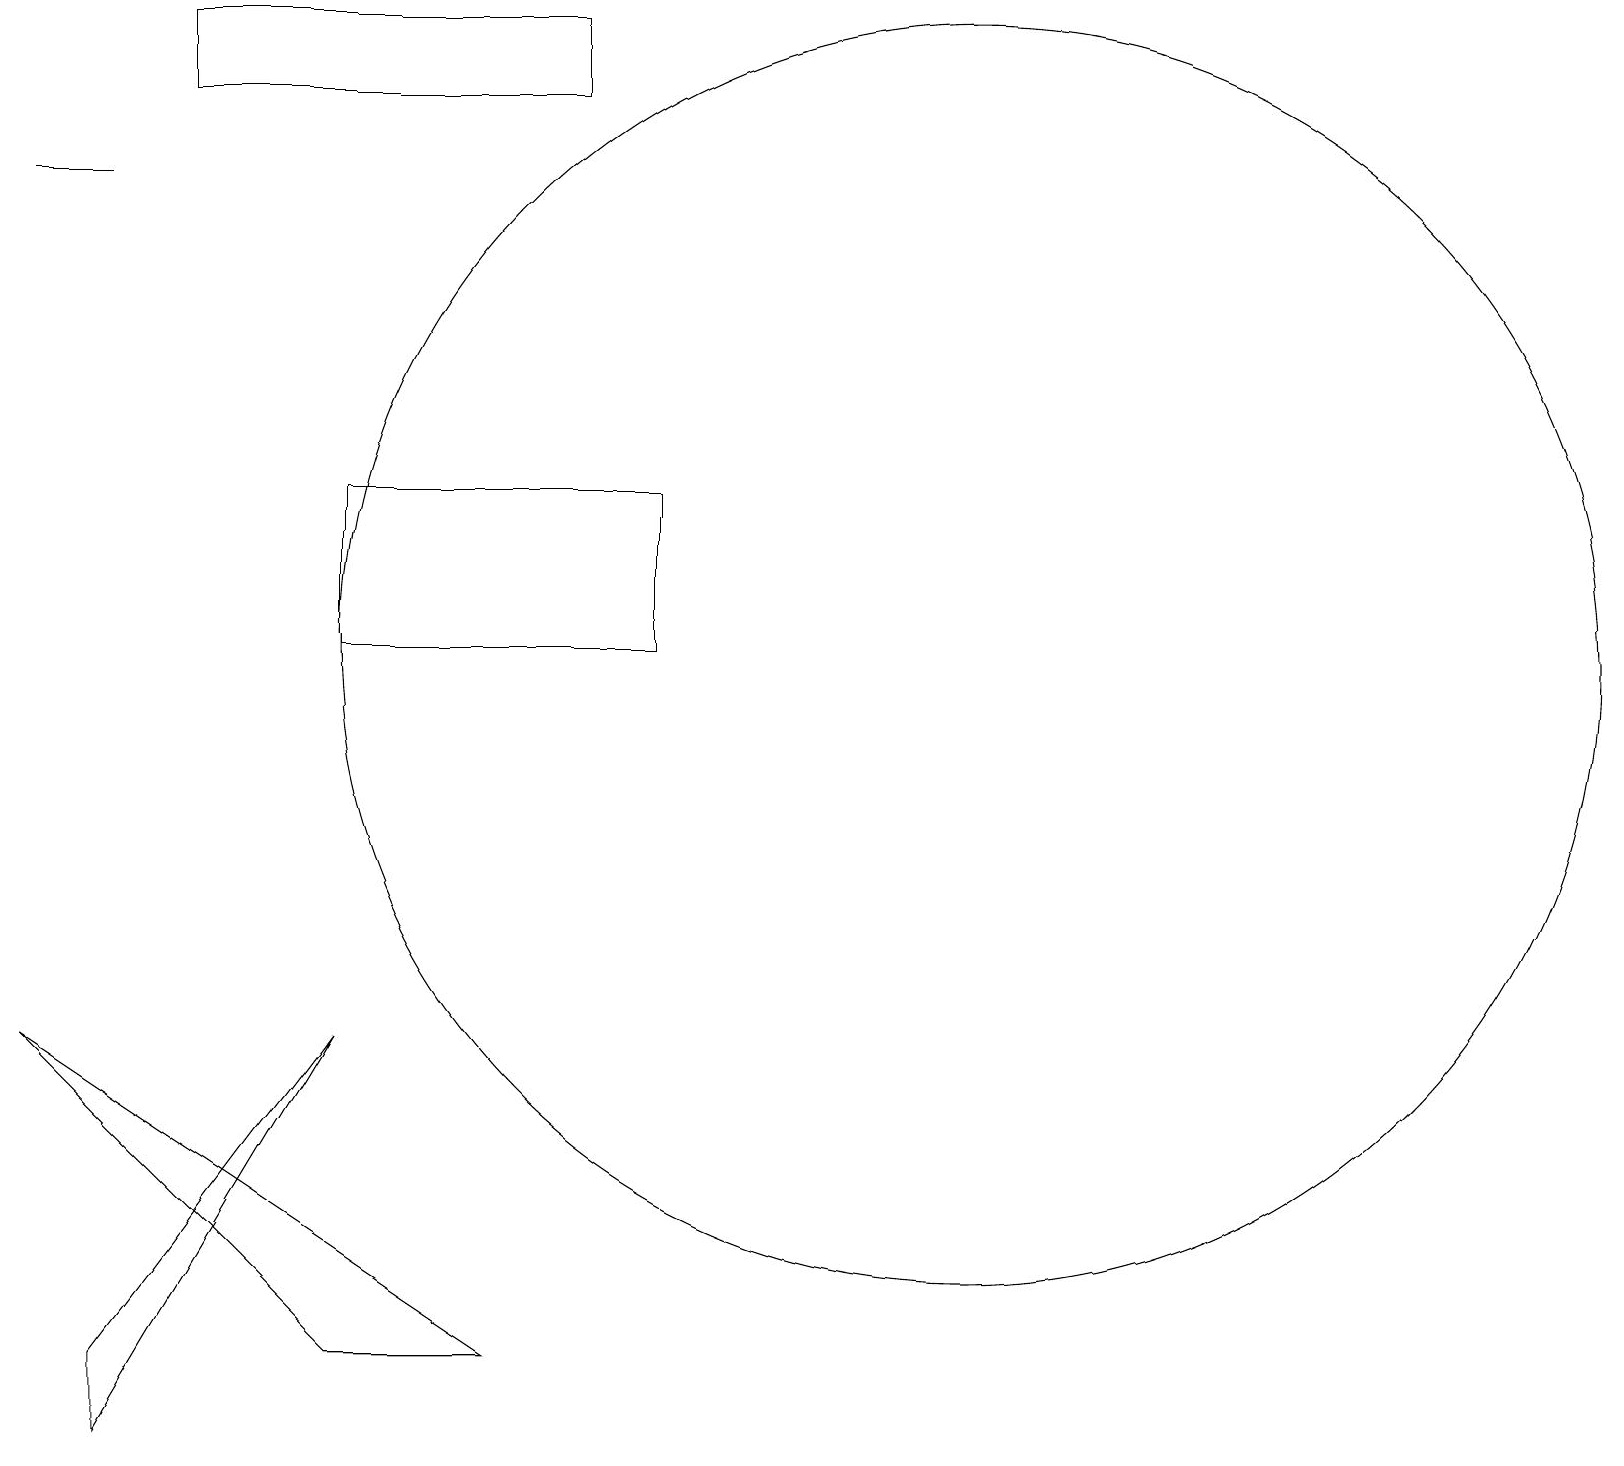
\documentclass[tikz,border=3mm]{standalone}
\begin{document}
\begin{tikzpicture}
\draw (1,1) -- (1,2) -- (4,6) -- cycle;
\draw (1,17) rectangle (0,17);
\draw (12,11) circle (8);
\draw (7,19) rectangle (2,18);
\draw (4,11) rectangle (8,13);
\draw (4,2) -- (6,2) -- (0,6) -- cycle;
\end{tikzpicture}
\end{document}